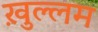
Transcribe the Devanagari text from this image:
ख़ुल्लम